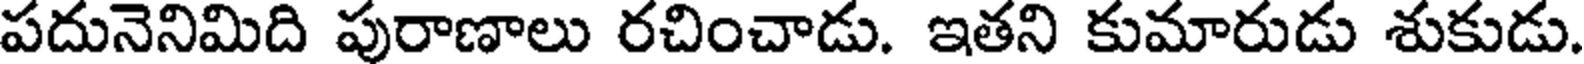
పదునెనిమిది పురాణాలు రచించాడు. ఇతని కుమారుడు శుకుడు.